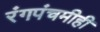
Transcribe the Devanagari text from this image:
रंगपंचमीही